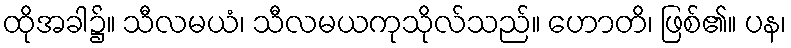
ထိုအခါ၌။ သီလမယံ၊ သီလမယကုသိုလ်သည်။ ဟောတိ၊ ဖြစ်၏။ ပန၊